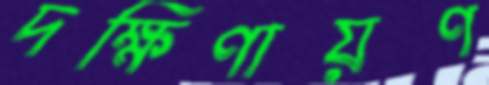
দক্ষিণায়ণ